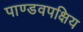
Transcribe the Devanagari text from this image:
पाण्डवपक्षिय